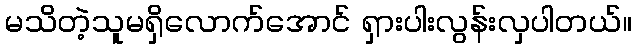
မသိတဲ့သူမရှိလောက်အောင် ရှားပါးလွန်းလှပါတယ်။